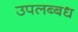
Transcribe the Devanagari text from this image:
उपलब्बध